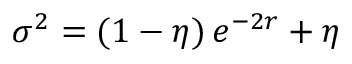
\sigma ^ { 2 } = ( 1 - \eta ) \, e ^ { - 2 r } + \eta